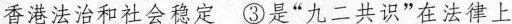
香港法治和社会稳定 ③是”九二共识”在法律上